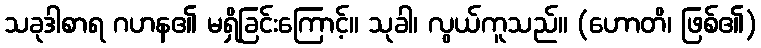
သခုဒါစာရ ဂဟန၏ မရှိခြင်းကြောင့်။ သုခါ၊ လွယ်ကူသည်။ (ဟောတိ၊ ဖြစ်၏)